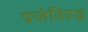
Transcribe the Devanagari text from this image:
प्रजेविरुद्ध